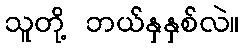
သူတို့ ဘယ်နှနှစ်လဲ။